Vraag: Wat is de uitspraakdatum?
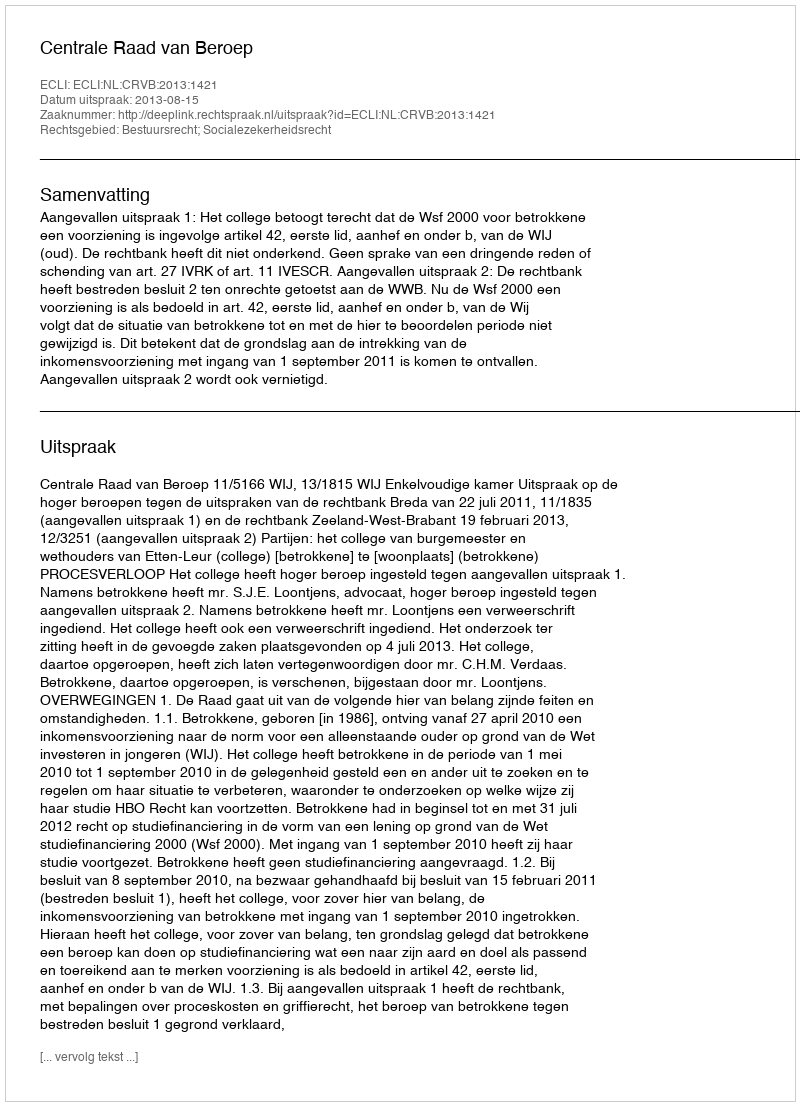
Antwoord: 2013-08-15